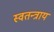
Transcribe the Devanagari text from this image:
स्वतन्त्राय